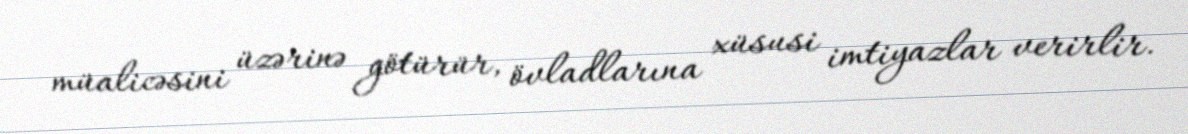
müalicəsini üzərinə götürür, övladlarına xüsusi imtiyazlar verirlir.